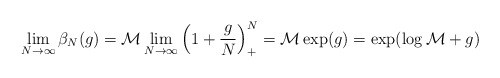
\begin{align*}\lim_{N\to\infty}\beta_N(g)=\mathcal{M}\lim_{N\to\infty}\Big(1+\frac{g}{N}\Big)^N_+=\mathcal{M}\exp(g)=\exp(\log\mathcal{M}+g)\end{align*}